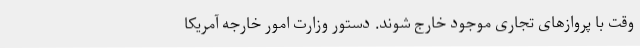
وقت با پروازهای تجاری موجود خارج شوند. دستور وزارت امور خارجه آمریکا